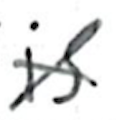
Text: is
Cross-out: cross
Writing tool: ballpoint